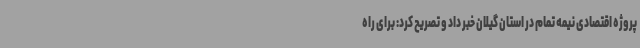
پروژه اقتصادی نیمه تمام در استان گیلان خبر داد و تصریح کرد: برای راه